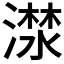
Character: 𣾕